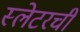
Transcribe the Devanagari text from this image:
स्लेटरची